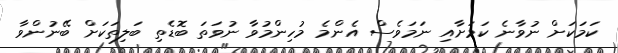
ކަމަކަށް ނުވާނެ ކަމަށާއި ނަމަވެސް އެންމެ މުހިންމުވާ ނުވަތަ ބޮޑެތި ބަލިތަކަށް ބޭނުންވާ